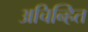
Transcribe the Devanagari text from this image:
अचिन्हित